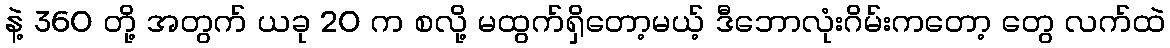
နဲ့ 360 တို့ အတွက် ယခု 20 က စလို့ မထွက်ရှိတော့မယ့် ဒီဘောလုံးဂိမ်းကတော့ တွေ လက်ထဲ